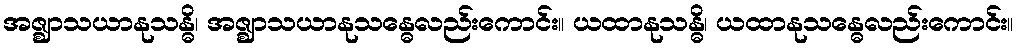
အဇ္ဈာသယာနုသန္ဓိ၊ အဇ္ဈာသယာနုသန္ဓေလည်းကောင်း။ ယထာနုသန္ဓိ၊ ယထာနုသန္ဓေလည်းကောင်း။